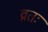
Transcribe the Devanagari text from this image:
व्रतः